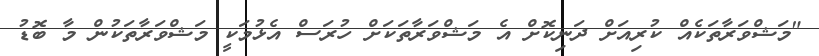
"މަޝްވަރާތަކެއް ކުރިއަށް ދަނިކޮށް އެ މަޝްވަރާތަކަށް ހުރަސް އެޅުމަކީ މަޝްވަރާތަކުން މާ ބޮޑު